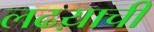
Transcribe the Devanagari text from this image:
लढय़ाची